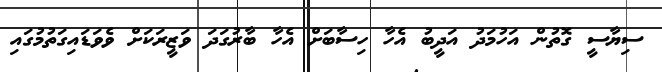
ސިޔާސީ ގޮތުން އަހުމަދު އަދީބު އެހާ ހިސާބަށް އެހާ ބާރުގަދަ ވަޒީރަކަށް ވެވަޑައިގަތުމުގައި